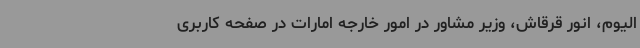
الیوم، انور قرقاش، وزیر مشاور در امور خارجه امارات در صفحه کاربری